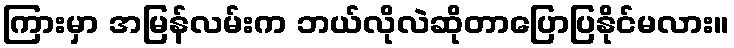
ကြားမှာ အမြန်လမ်းက ဘယ်လိုလဲဆိုတာပြောပြနိုင်မလား။